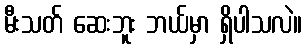
မီးသတ် ဆေးဘူး ဘယ်မှာ ရှိပါသလဲ။